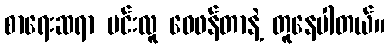
စာရေးဆရာ မင်းလူ ဝေဖန်တာနဲ့ တူနေပါတယ်။